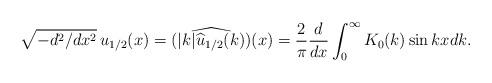
LaTeX: \begin{align*} \sqrt{-d^2/dx^2} \, {u}_{1/2}(x) = \widehat{(|k|\widehat {u}_{1/2}(k))} (x) = \frac{2}{\pi} \frac{d}{dx} \int_0^\infty K_0(k)\sin kx dk.\end{align*}